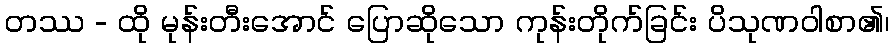
တဿ - ထို မုန်းတီးအောင် ပြောဆိုသော ကုန်းတိုက်ခြင်း ပိသုဏဝါစာ၏၊